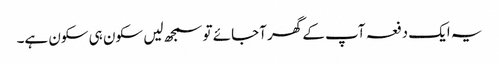
یہ ایک دفعہ آپ کے گھر آجائے تو سمجھ لیں سکون ہی سکون ہے۔